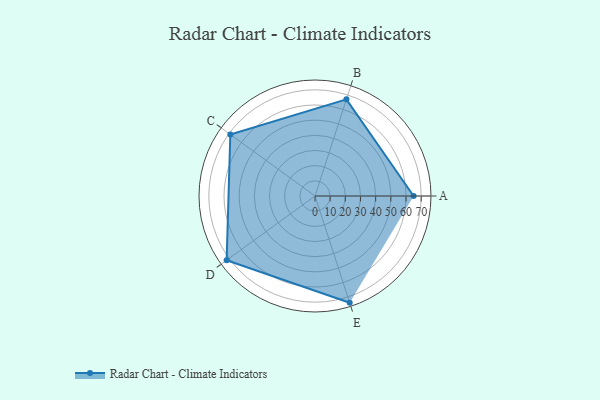
{"axis": {"x": "Skill", "y": "Score"}, "legend": ["Profile"], "data": [{"x": "A", "y": 65.0, "type": "Profile"}, {"x": "B", "y": 67.0, "type": "Profile"}, {"x": "C", "y": 69.0, "type": "Profile"}, {"x": "D", "y": 72.0, "type": "Profile"}, {"x": "E", "y": 74.0, "type": "Profile"}]}